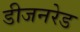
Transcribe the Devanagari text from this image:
डीजनरेड